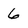
Character: 6